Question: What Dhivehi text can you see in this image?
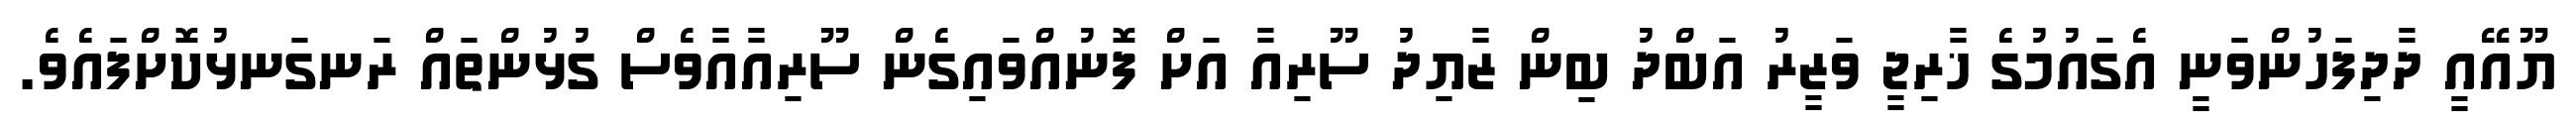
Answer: ޔޫއޭއީ ދާދިފަހުންވަނީ އެގައުމުގެ ޚާރިޖީ ވަޒީރު އަބްދު ބިން ޒާޔިދު ސޫރިއާ އަށް ފޮނުއްވައިގެން ސޫރިއާއާވެސް ގުޅުންތައް ރަނގަނޅުކޮށްފައެވެ.